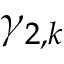
\gamma _ { 2 , k }